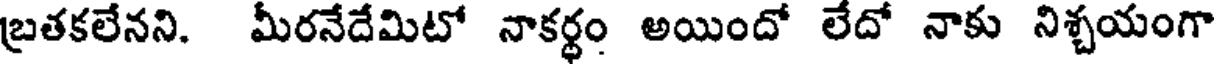
బ్రతకలేనని. మీరనేదేమిటో నాకర్థం అయిందో లేదో నాకు నిశ్చయంగా